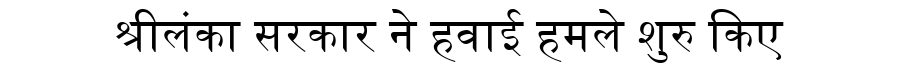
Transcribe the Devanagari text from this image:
श्रीलंका सरकार ने हवाई हमले शुरु किए